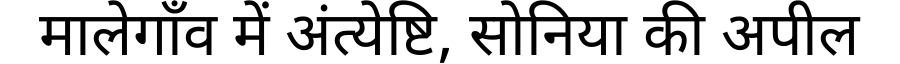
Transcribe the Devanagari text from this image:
मालेगाँव में अंत्येष्टि, सोनिया की अपील